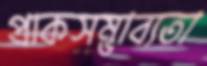
প্রাকসম্ভাব্যতা